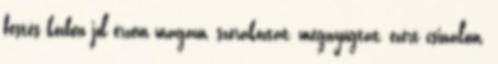
festés közben jól érzem magam, szórakoztat, megnyugtat, ezért csinálom.